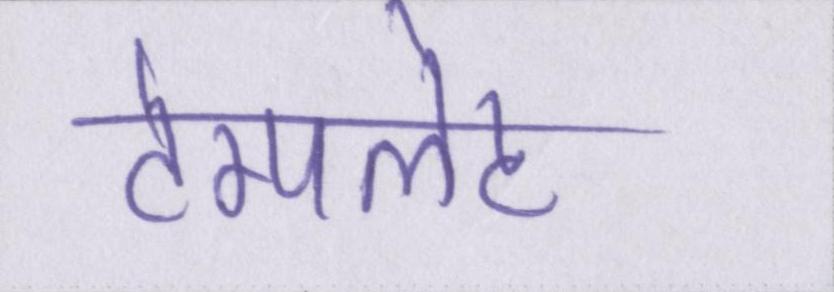
टेम्पलेट